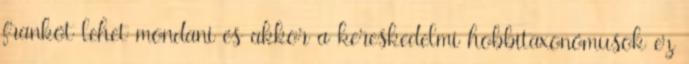
frankót lehet mondani és akkor a kereskedelmi hobbitaxonómusok ez